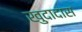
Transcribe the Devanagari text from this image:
खुदादास